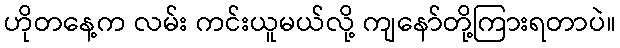
ဟိုတနေ့က လမ်း ကင်းယူမယ်လို့ ကျနော်တို့ကြားရတာပဲ။